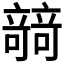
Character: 𥪼